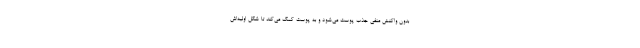
بدون واکنش منفی جذب پوست می‌شود و به پوست کمک می‌کند تا شکل اولیه‌اش